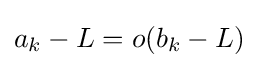
a_{k}-L=o(b_{k}-L)